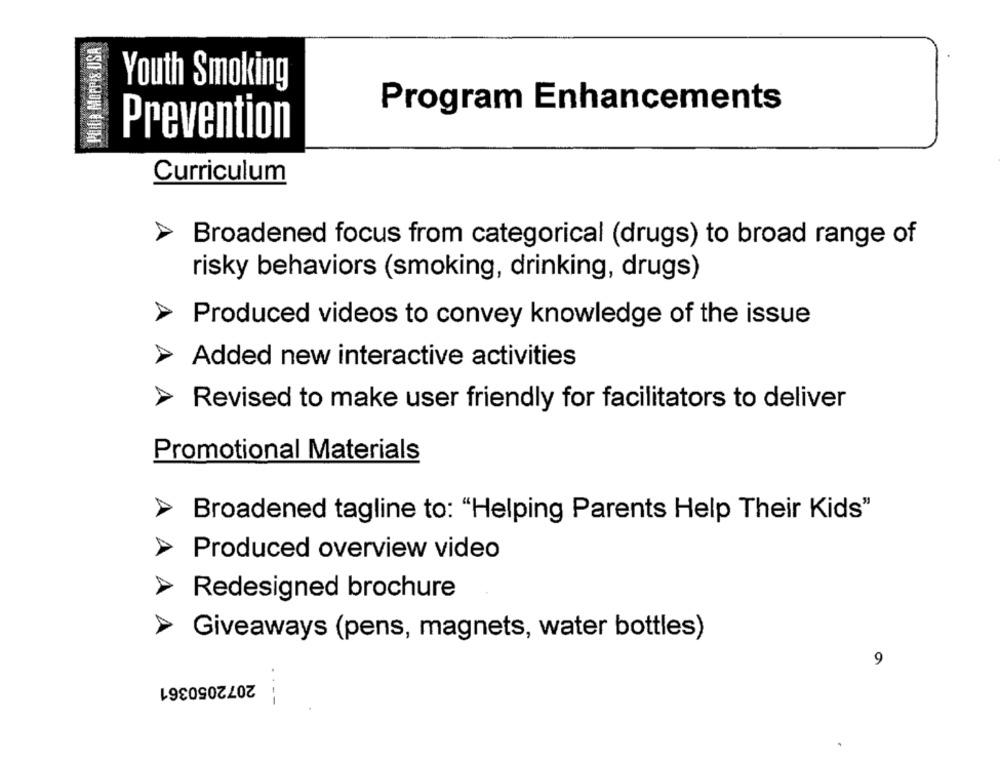
Philip Morris USA
Youth Smoking
Program Enhancements
Prevention
Curriculum
Broadened focus from categorical (drugs) to broad range of
risky behaviors (smoking, drinking, drugs)
Produced videos to convey knowledge of the issue
Added new interactive activities
Revised to make user friendly for facilitators to deliver
Promotional Materials
Broadened tagline to: "Helping Parents Help Their Kids"
Produced overview video
Redesigned brochure
Giveaways (pens, magnets, water bottles)
9
2072050361
----